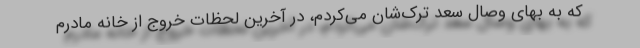
که به بهای وصال سعد ترک‌شان می‌کردم، در آخرین لحظات خروج از خانه مادرم